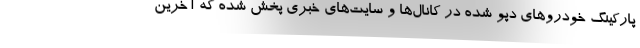
پارکینگ خودروهای دپو شده در کانال‌ها و سایت‌های خبری پخش شده که آخرین